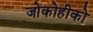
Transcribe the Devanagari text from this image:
जोकोहीको